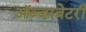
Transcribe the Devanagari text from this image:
ऑब्‍जरबेटरी